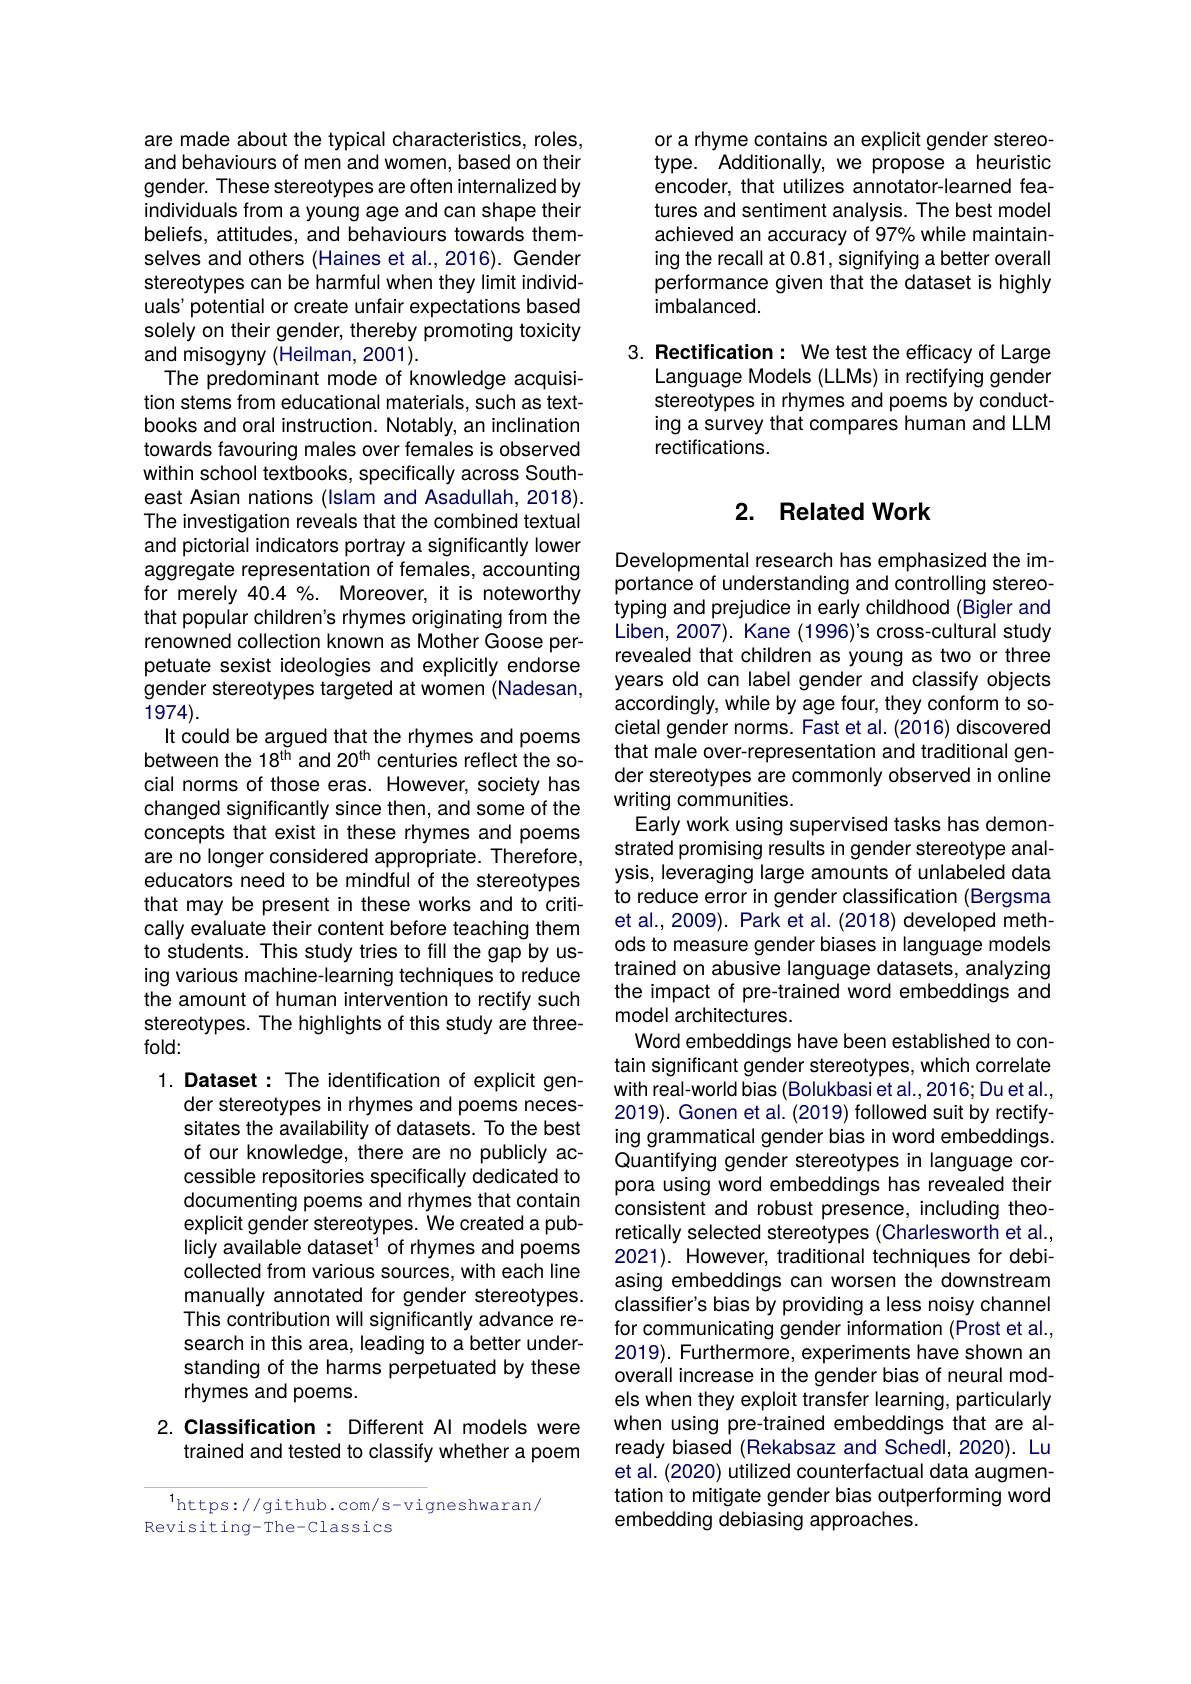
are made about the typical characteristics, roles, and behaviours of men and women, based on their gender. These stereotypes are often internalized by individuals from a young age and can shape their beliefs, attitudes, and behaviours towards themselves and others (Haines et al.,2016). Gender stereotypes can be harmful when they limit individuals' potential or create unfair expectations based solely on their gender, thereby promoting toxicity and misogyny (Heilman, 2001).
The predominant mode of knowledge acquisition stems from educational materials, such as textbooks and oral instruction. Notably, an inclination towards favouring males over females is observed within school textbooks, specifically across Southeast Asian nations (Islam and Asadullah, 2018). The investigation reveals that the combined textual and pictorial indicators portray a significantly lower aggregate representation of females, accounting for merely 40.4%. Moreover, it is noteworthy that popular children's rhymes originating from the renowned collection known as Mother Goose perpetuate sexist ideologies and explicitly endorse gender stereotypes targeted at women (Nadesan, 1974).
It could be argued that the rhymes and poems between the 18$^\mathrm{t\tilde{h}}$ and 20$^\mathrm{th}$ centuries reflect the social norms of those eras. However, society has changed significantly since then, and some of the concepts that exist in these rhymes and poems are no longer considered appropriate. Therefore, educators need to be mindful of the stereotypes that may be present in these works and to critically evaluate their content before teaching them to students. This study tries to fill the gap by using various machine-learning techniques to reduce the amount of human intervention to rectify such stereotypes. The highlights of this study are threefold:
1. Dataset : The identification of explicit gen-
der stereotypes in rhymes and poems neces-

sitates the availability of datasets. To the best of our knowledge, there are no publicly accessible repositories specifically dedicated to documenting poems and rhymes that contain explicit gender stereotypes. We created a publicly available dataset$^1$ of rhymes and poems collected from various sources, with each line manually annotated for gender stereotypes. This contribution will significantly advance research in this area, leading to a better understanding of the harms perpetuated by these rhymes and poems.

# 2. Classification: Different Al models were trained and tested to classify whether a poem

$^{1}$https://github.com/s-vigneshwaran/
Revisiting-The-Classics

or a rhyme contains an explicit gender stereotype. Additionally, we propose a heuristic encoder, that utilizes annotator-learned features and sentiment analysis. The best model achieved an accuracy of 97% while maintaining the recall at 0.81, signifying a better overall performance given that the dataset is highly imbalanced.

3. Rectification: We test the efficacy of Large
Language Models (LLMs) in rectifying gender stereotypes in rhymes and poems by conducting a survey that compares human and LLM rectifications.

## 2. Related Work

Developmental research has emphasized the importance of understanding and controlling stereotyping and prejudice in early childhood (Bigler and Liben, 2007). Kane (1996)'s cross-cultural study revealed that children as young as two or three years old can label gender and classify objects accordingly, while by age four, they conform to societal gender norms. Fast et al. (2016) discovered that male over-representation and traditional gender stereotypes are commonly observed in online writing communities.
Early work using supervised tasks has demonstrated promising results in gender stereotype analysis, leveraging large amounts of unlabeled data to reduce error in gender classification (Bergsma et al., 2009). Park et al. (2018) developed methods to measure gender biases in language models trained on abusive language datasets, analyzing the impact of pre-trained word embeddings and model architectures.
Word embeddings have been established to contain significant gender stereotypes, which correlate with real-world bias (Bolukbasi et al.,2016; Du et al., 2019). Gonen et al. (2019) followed suit by rectifying grammatical gender bias in word embeddings. Quantifying gender stereotypes in language corpora using word embeddings has revealed their consistent and robust presence, including theoretically selected stereotypes (Charlesworth et al., 2021). However, traditional techniques for debiasing embeddings can worsen the downstream classifier's bias by providing a less noisy channel for communicating gender information (Prost et al., 2019). Furthermore, experiments have shown an overall increase in the gender bias of neural models when they exploit transfer learning, particularly when using pre-trained embeddings that are already biased (Rekabsaz and Schedl, 2020). Lu et al. (2020) utilized counterfactual data augmentation to mitigate gender bias outperforming word embedding debiasing approaches.